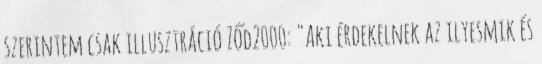
szerintem csak illusztráció Ződ2000: "Aki érdekelnek az ilyesmik és